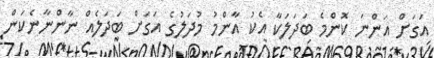
އަގަށް އަންނަ ކޮންމެ ބަދަލަކާ އެކު އާންމު މުދަލުގެ އަގަށް ބަދަލެއް ނާންނާނެކަން